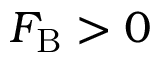
F _ { \mathrm { B } } > 0